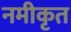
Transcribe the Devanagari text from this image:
नमीकृत